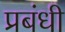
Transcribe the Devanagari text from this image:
प्रबंधी